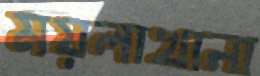
ময়লাখানা